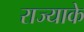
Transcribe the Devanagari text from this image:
राज्याके